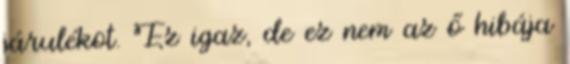
járulékot. Ez igaz, de ez nem az ő hibája